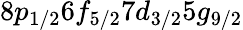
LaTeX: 8p_{1/2}6f_{5/2}7d_{3/2}5g_{9/2}